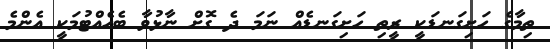
ތިމާގެ ހަށިގަނޑަކީ ރީތި ހަށިގަނޑެއް ނަމަ ދެ ގޮށް ނާޅުވާ ބެހެއްޓުމަކީ އެންމެ